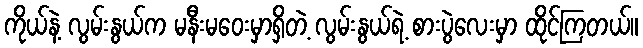
ကိုယ်နဲ့ လွမ်းနွယ်က မနီးမဝေးမှာရှိတဲ့ လွမ်းနွယ်ရဲ့ စားပွဲလေးမှာ ထိုင်ကြတယ်။